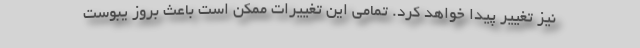
نیز تغییر پیدا خواهد کرد. تمامی این تغییرات ممکن است باعث بروز یبوست